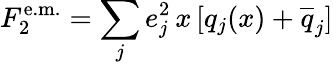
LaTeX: F_{2}^{\mathrm{e.m.}}=\sum_{j}e_{j}^{2}\, x\, [q_{j}(x)+\overline{{{q}}}_{j}]